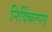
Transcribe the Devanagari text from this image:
निर्विकल्पम्